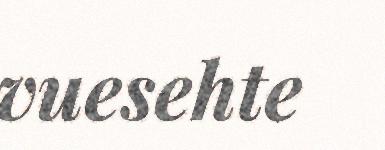
vuesehte